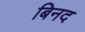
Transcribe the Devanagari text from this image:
बिनद